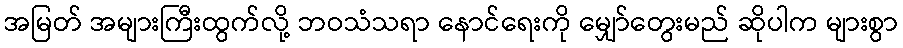
အမြတ် အများကြီးထွက်လို့ ဘဝသံသရာ နောင်ရေးကို မျှော်တွေးမည် ဆိုပါက များစွာ